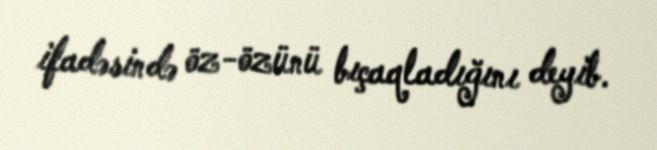
ifadəsində öz-özünü bıçaqladığını deyib.